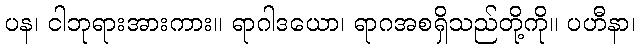
ပန၊ ငါဘုရားအားကား။ ရာဂါဒယော၊ ရာဂအစရှိသည်တို့ကို။ ပဟီနာ၊